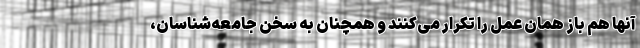
آنها هم باز همان عمل را تکرار می‌کنند و همچنان به سخن جامعه‌شناسان،